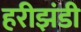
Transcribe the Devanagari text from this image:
हरीझंडी